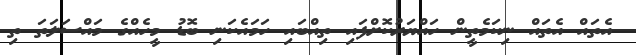
އެތައް އެތައް ނިކަމެތީން ހައްޔަރުކޮށްފައި ތިއްބައި ހަމައެކަނި ބޮޑު މީހެއްގެ މައްސަލަތަ ތި